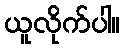
ယူလိုက်ပါ။